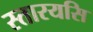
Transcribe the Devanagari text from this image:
स्तारयसि